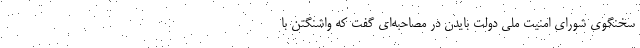
سخنگوی شورای امنیت ملی دولت بایدن در مصاحبه‌ای گفت که واشنگتن با